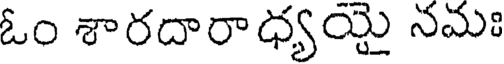
ఓం శారదారాధ్యయై నమః